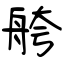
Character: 舿